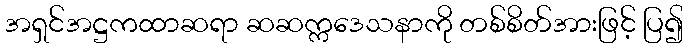
အရှင်အဋ္ဌကထာဆရာ ဆဆက္ကဒေသနာကို တစ်စိတ်အားဖြင့် ပြ၍